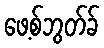
ဖေ့စ်ဘွတ်ခ်